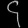
Digit: ၄